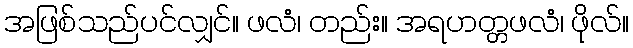
အဖြစ်သည်ပင်လျှင်။ ဖလံ၊ တည်း။ အရဟတ္တဖလံ၊ ဖိုလ်။